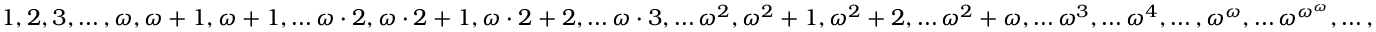
1 , 2 , 3 , \dots , \omega , \omega + 1 , \omega + 1 , \dots \omega \cdot 2 , \omega \cdot 2 + 1 , \omega \cdot 2 + 2 , \dots \omega \cdot 3 , \dots \omega ^ { 2 } , \omega ^ { 2 } + 1 , \omega ^ { 2 } + 2 , \dots \omega ^ { 2 } + \omega , \dots \omega ^ { 3 } , \dots \omega ^ { 4 } , \dots , \omega ^ { \omega } , \dots \omega ^ { { \omega } ^ { \omega } } , \dots ,